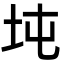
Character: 坉